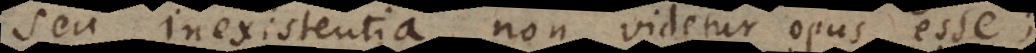
seu inexistentia, non videtur opus esse